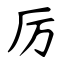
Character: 厉